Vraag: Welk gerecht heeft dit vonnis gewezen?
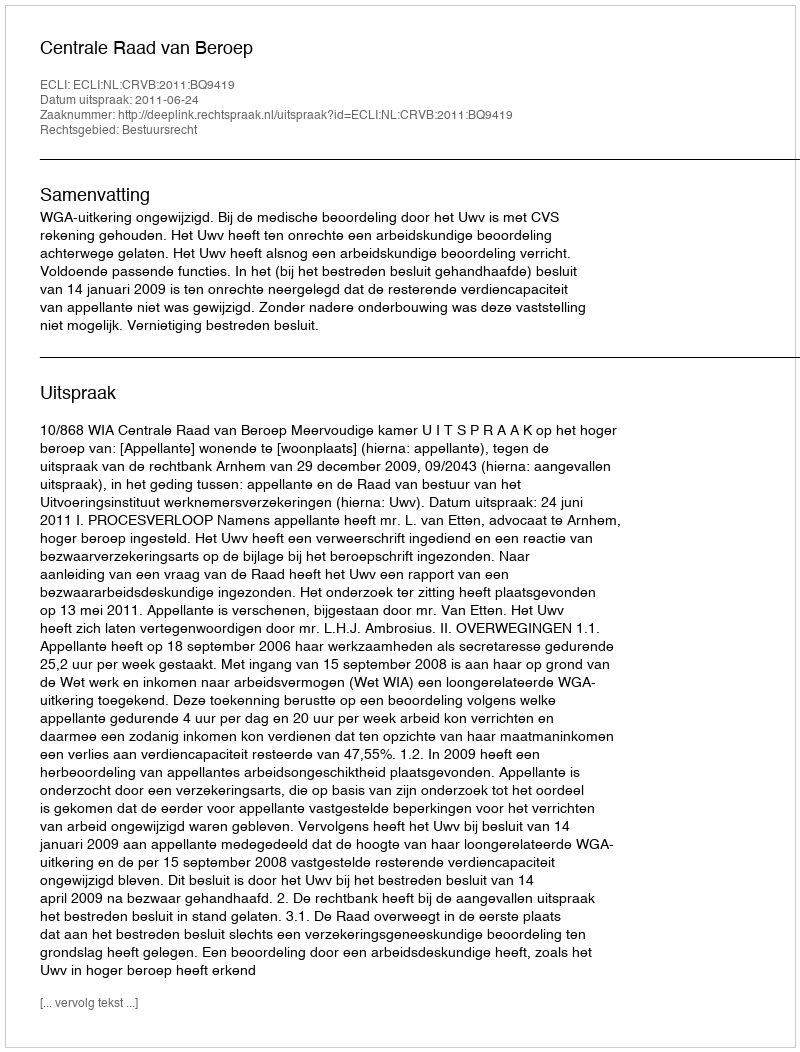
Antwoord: Centrale Raad van Beroep